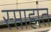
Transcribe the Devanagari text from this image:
स्प्ताहांत